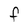
Character: F